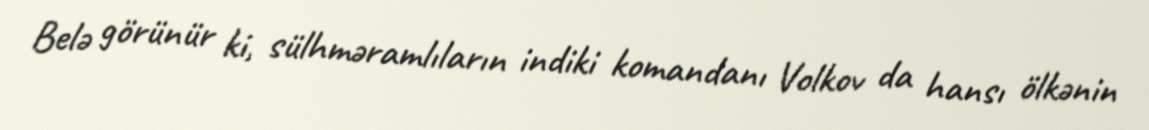
Belə görünür ki, sülhməramlıların indiki komandanı Volkov da hansı ölkənin